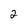
Character: 2